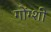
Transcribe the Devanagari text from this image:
गोंग्शी